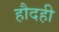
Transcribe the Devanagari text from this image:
हौदही